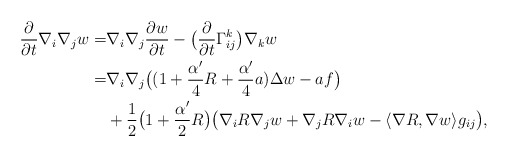
\begin{align*}\frac{\partial}{\partial t}\nabla_i\nabla_jw=&\nabla_i\nabla_j\frac{\partial w}{\partial t}-\big(\frac{\partial}{\partial t}\Gamma^k_{ij}\big)\nabla_kw \\=&\nabla_i\nabla_j\big((1+\frac{\alpha'}{4}R+\frac{\alpha'}{4}a)\Delta w-af\big)\\&+\frac{1}{2}\big(1+\frac{\alpha'}{2}R\big)\big(\nabla_iR\nabla_jw+\nabla_jR\nabla_iw-\langle\nabla R,\nabla w\rangle g_{ij}\big),\end{align*}